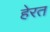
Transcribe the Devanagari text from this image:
हेरत